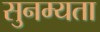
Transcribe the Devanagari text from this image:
सुनम्यता